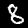
Digit: 8